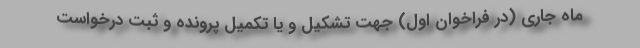
ماه جاری (در فراخوان اول) جهت تشکیل و یا تکمیل پرونده و ثبت درخواست